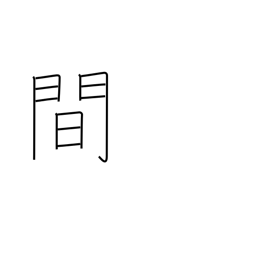
Meaning: space